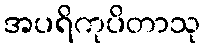
အပရိကုပိတာသု